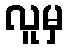
လူမှ